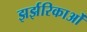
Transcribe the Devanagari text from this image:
झर्झरिकाओं